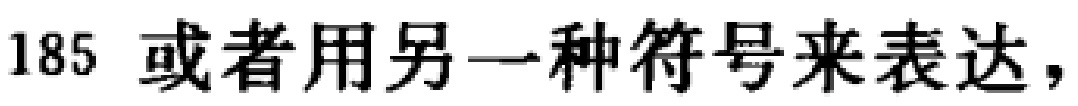
185 或者用另一种符号来表达，